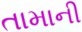
તામાની